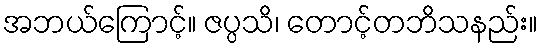
အဘယ်ကြောင့်။ ဇပ္ပသိ၊ တောင့်တဘိသနည်း။